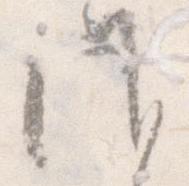
候